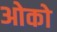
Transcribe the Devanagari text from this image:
ओको